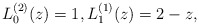
\begin{gather*} L_{0}^{( 2) }(z) =1,L_{1}^{(1) }(z) =2-z,\end{gather*}